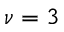
\nu = 3